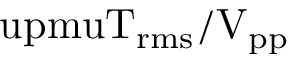
\mathrm { \ u p m u T _ { r m s } / V _ { p p } }